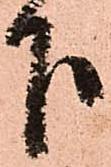
下